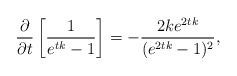
LaTeX: \begin{align*}\frac {\partial}{\partial t} \left[\frac {1}{e^{tk}-1} \right]=-\frac {2ke^{2tk}}{(e^{2tk}-1)^2},\end{align*}